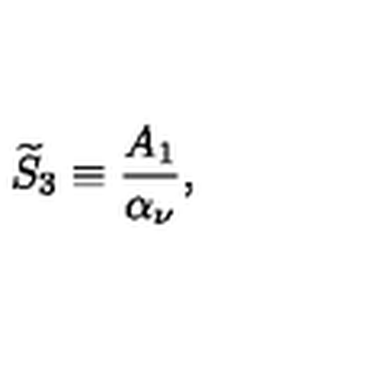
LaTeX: { \widetilde S } _ { 3 } \equiv { \frac { A _ { 1 } } { \alpha _ { \nu } } } ,